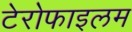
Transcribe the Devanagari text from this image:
टेरोफाइलम